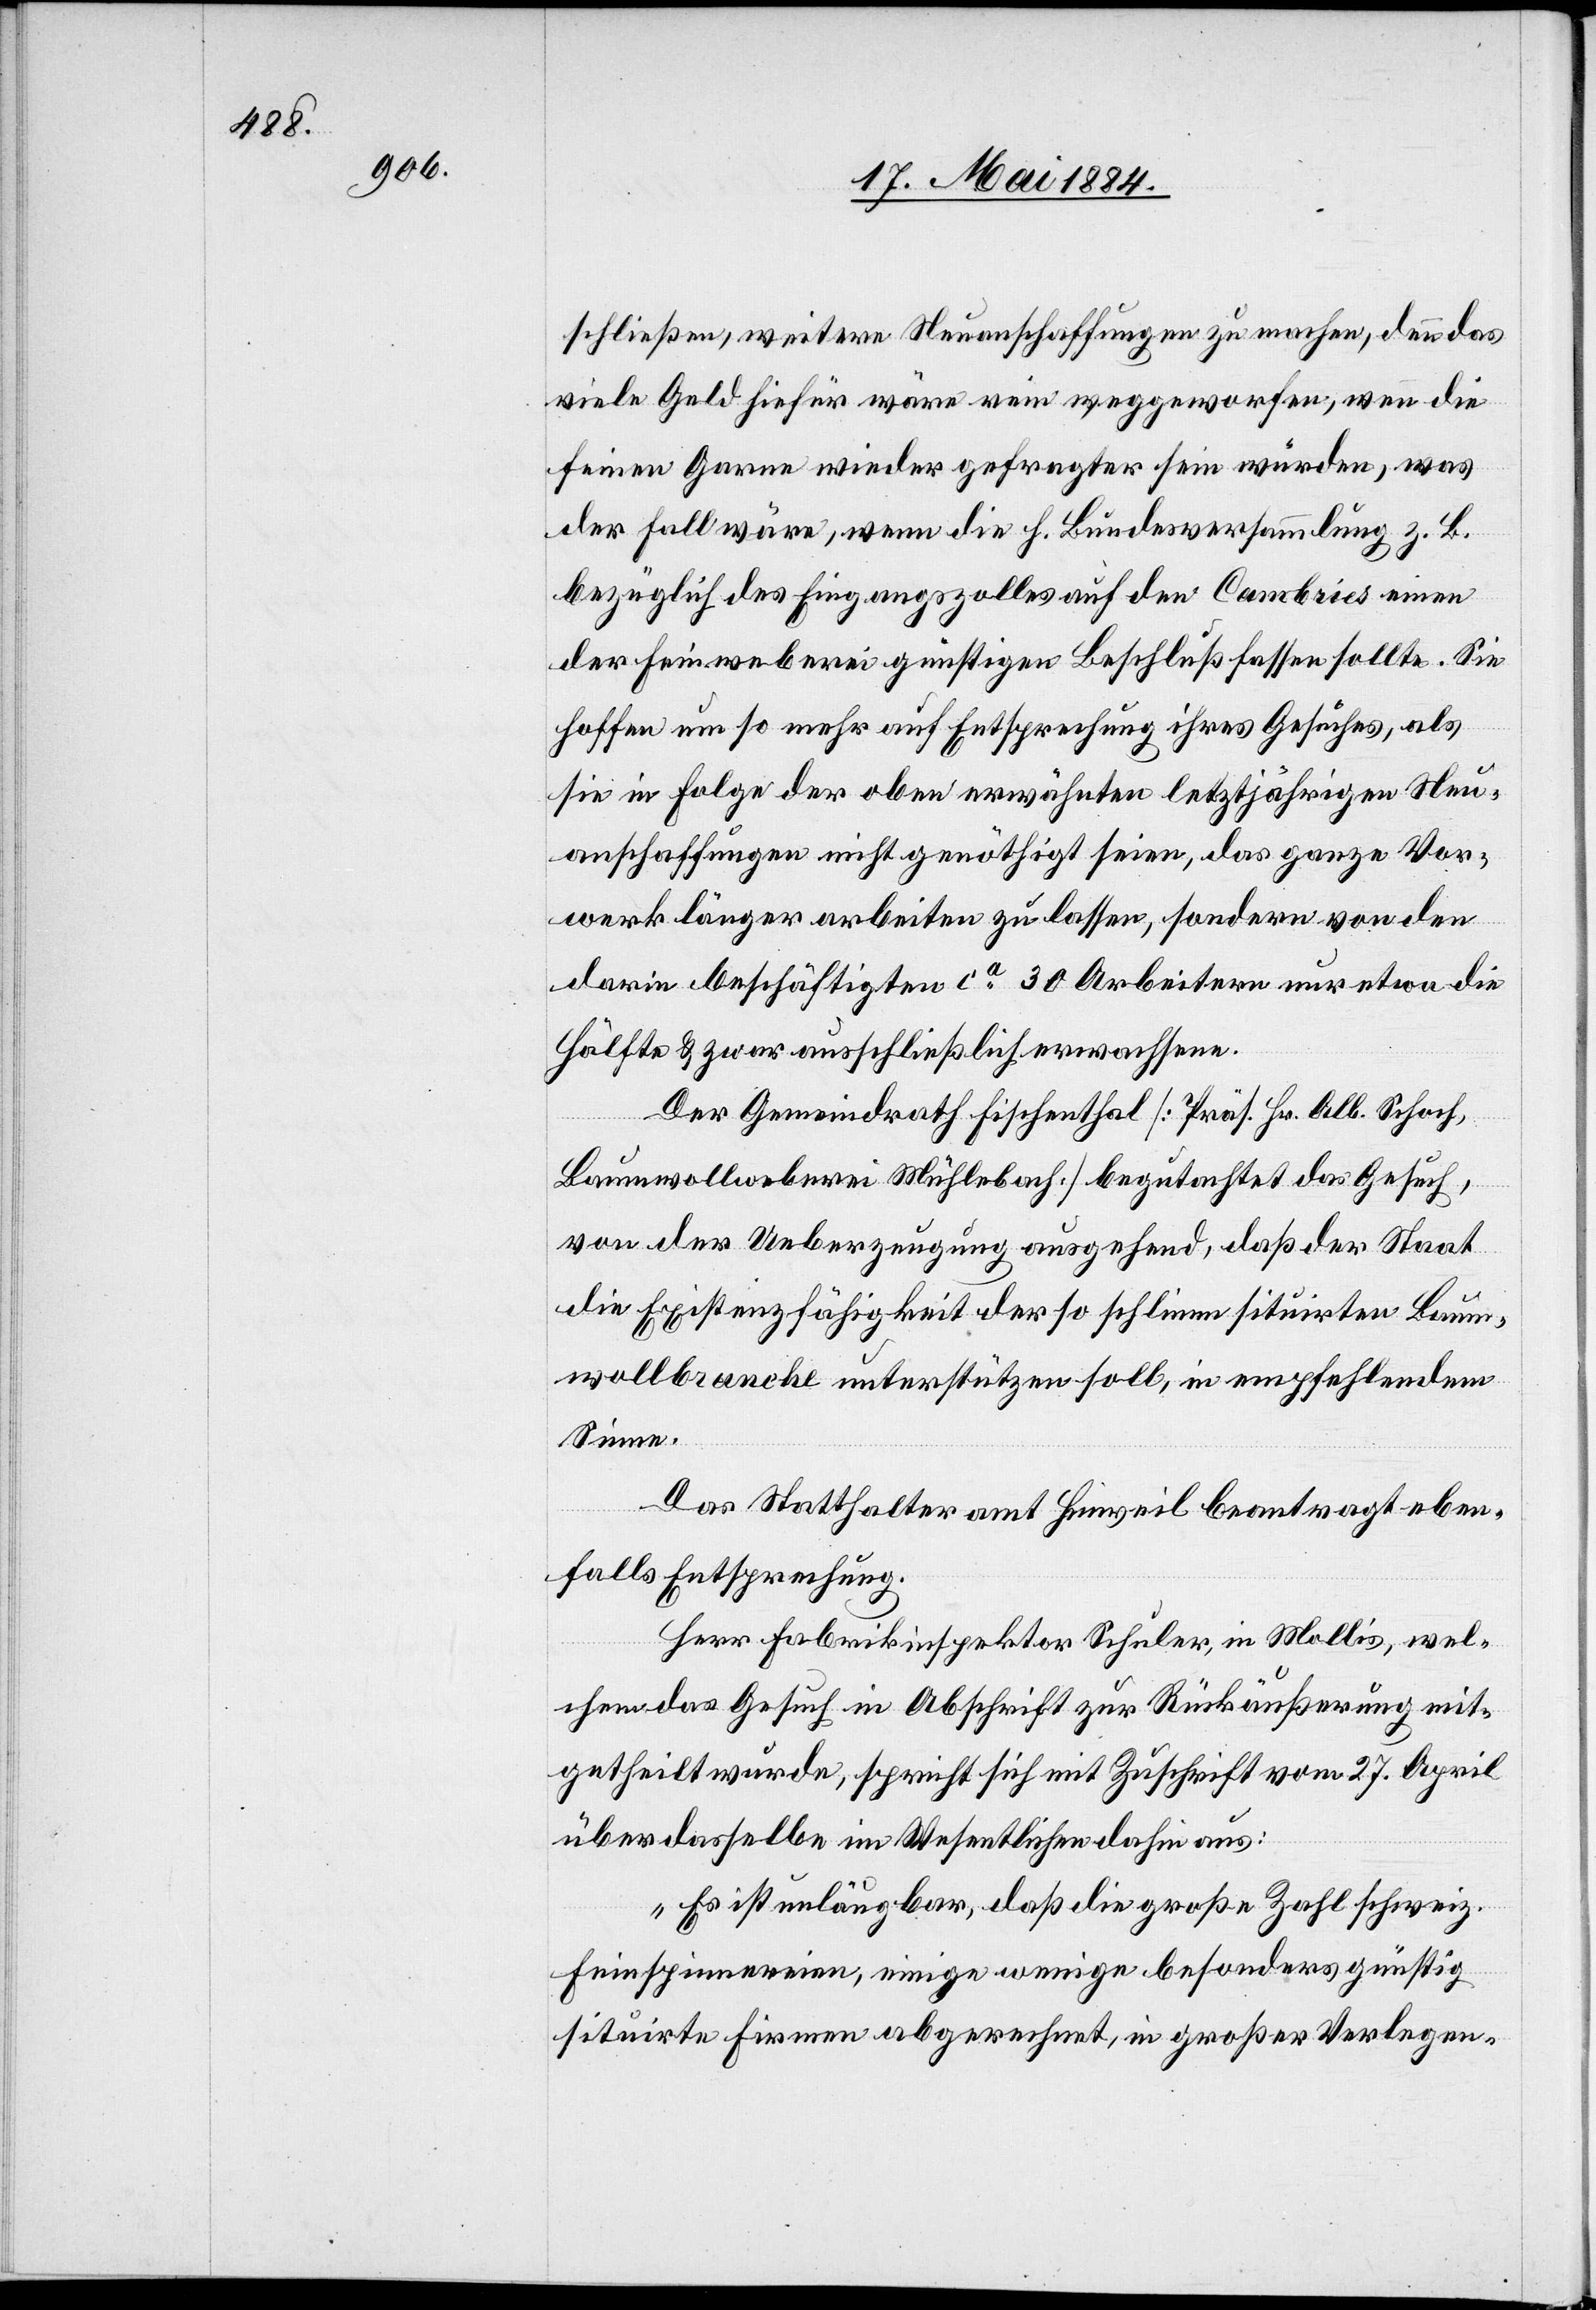
schließen, weitere Neuanschaffungen zu machen, denn das
viele Geld hiefür wäre rein weggeworfen, wenn die
feinen Garne wieder gefragter sein würden, was
der Fall wäre, wenn die h. Bundesversammlung z. B.
bezüglich des Eingangszolles auf den Cambries einen
der Feinweberei günstigen Beschluß fassen sollte. Sie
hoffen um so mehr auf Entsprechung ihres Gesuches, als
sie in Folge der oben erwähnten letztjährigen Neu¬
anschaffungen nicht genöthigt seien, das ganz Vor¬
werk länger arbeiten zu lassen, sondern von den
darin beschäftigten ca 30 Arbeitern nur etwa die
Hälfte & zwar ausschließlich erwachsene.
Der Gemeindrath Fischenthal [Präs. Hr. Alb. Schoch,
Baumwollweberei Mühlebach] begutachtet das Gesuch,
von der Ueberzeugung ausgehend, daß der Staat
die Existenzfähigkeit der so schlimm situirten Baum¬
wollbrache unterstützen soll, in empfehlendem
Sinne.
Das Statthalteramt Hinweil beantragt eben¬
falls Entsprechung.
Herr Fabrikinspektor Schuler, in Mollis, wel¬
chem das Gesuch in Abschrift zur Rückäußerung mit¬
getheilt wurde, spricht sich mit Zuschrift vom 27. April
über dasselbe im Wesentlichen dahin aus:
„Es ist unläugbar, daß die große Zahl schweiz.
Feinspinnereien, einige wenige besonders günstig
situirte Firmen abgerechnet, in großer Verlegen-